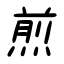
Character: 煎